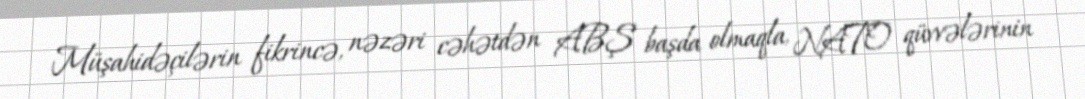
Müşahidəçilərin fikrincə, nəzəri cəhətdən ABŞ başda olmaqla, NATO qüvvələrinin